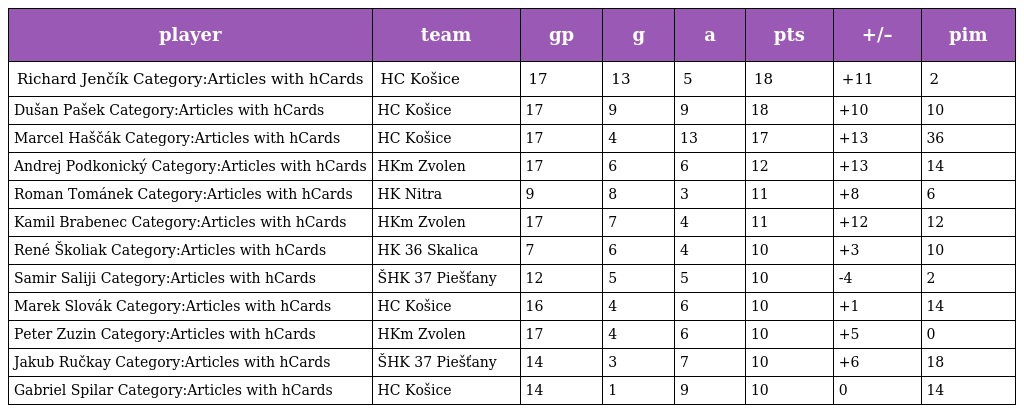
| player | team | gp | g | a | pts | +/– | pim |
 | --- | --- | --- | --- | --- | --- | --- | --- |
 | Richard Jenčík Category:Articles with hCards | HC Košice | 17 | 13 | 5 | 18 | +11 | 2 |
 | Dušan Pašek Category:Articles with hCards | HC Košice | 17 | 9 | 9 | 18 | +10 | 10 |
 | Marcel Haščák Category:Articles with hCards | HC Košice | 17 | 4 | 13 | 17 | +13 | 36 |
 | Andrej Podkonický Category:Articles with hCards | HKm Zvolen | 17 | 6 | 6 | 12 | +13 | 14 |
 | Roman Tománek Category:Articles with hCards | HK Nitra | 9 | 8 | 3 | 11 | +8 | 6 |
 | Kamil Brabenec Category:Articles with hCards | HKm Zvolen | 17 | 7 | 4 | 11 | +12 | 12 |
 | René Školiak Category:Articles with hCards | HK 36 Skalica | 7 | 6 | 4 | 10 | +3 | 10 |
 | Samir Saliji Category:Articles with hCards | ŠHK 37 Piešťany | 12 | 5 | 5 | 10 | -4 | 2 |
 | Marek Slovák Category:Articles with hCards | HC Košice | 16 | 4 | 6 | 10 | +1 | 14 |
 | Peter Zuzin Category:Articles with hCards | HKm Zvolen | 17 | 4 | 6 | 10 | +5 | 0 |
 | Jakub Ručkay Category:Articles with hCards | ŠHK 37 Piešťany | 14 | 3 | 7 | 10 | +6 | 18 |
 | Gabriel Spilar Category:Articles with hCards | HC Košice | 14 | 1 | 9 | 10 | 0 | 14 |